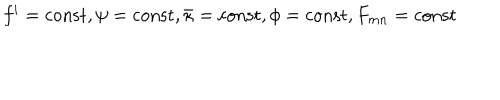
f ^ { i } = \mathrm { c o n s t } , \psi = \mathrm { c o n s t } , \bar { \kappa } = \mathrm { c o n s t } , \phi = \mathrm { c o n s t } , F _ { m n } = \mathrm { c o n s t }